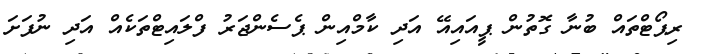
ރިޕޯޓްތައް ބުނާ ގޮތުން ޕީއައިއޭ އަދި ކާމްއިން ޕެސެންޖަރު ފްލައިޓްތަކެއް އަދި ނުފަށަ